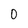
Character: 0